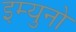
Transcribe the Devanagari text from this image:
इम्युनो